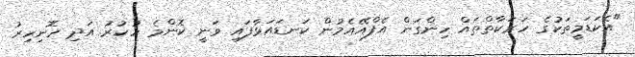
"އެކަޑަމީތަކުގެ ހަރަކާތްތައް ހިންގަން އެފްއޭއެމުން ކަނޑައަޅާފައި ވަނީ ކޮންމެ ހުކުރު އަދި ހޮނިހިރު